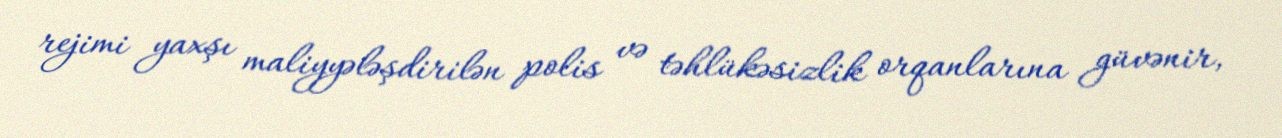
rejimi yaxşı maliyyələşdirilən polis və təhlükəsizlik orqanlarına güvənir,